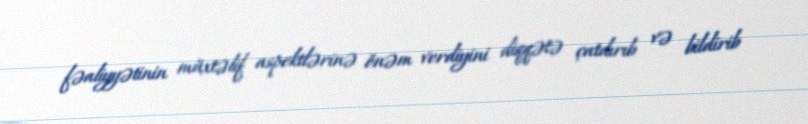
fəaliyyətinin müxtəlif aspektlərinə önəm verdiyini diqqətə çatdırıb və bildirib